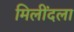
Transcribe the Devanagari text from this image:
मिलींदला